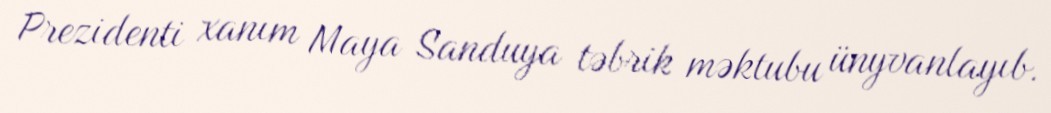
Prezidenti xanım Maya Sanduya təbrik məktubu ünyvanlayıb.